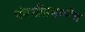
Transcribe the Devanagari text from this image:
पंचमीप्रमाणेच